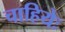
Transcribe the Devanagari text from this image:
चाहियेः